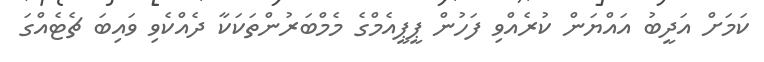
ކަމަށް އަދީބު އައްޔަން ކުރެއްވި ފަހުން ޕީޕީއެމްގެ މެމްބަރުންތަކަކާ ދެއްކެވި ވައިބަ ޗެޓެއްގަ